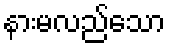
နားမလည်သော